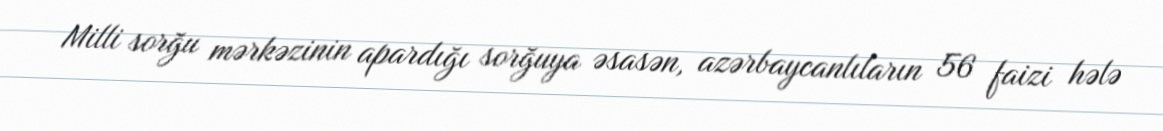
Milli sorğu mərkəzinin apardığı sorğuya əsasən, azərbaycanlıların 56 faizi hələ